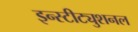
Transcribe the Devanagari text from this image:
इन्स्टीट्युशनल